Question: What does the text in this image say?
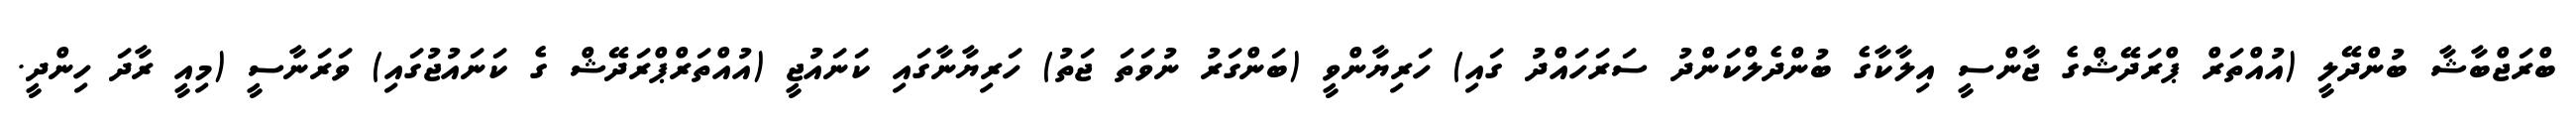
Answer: ބްރަޖްބާޝާ ބުންދޭލީ (އުއްތަރް ޕްރަދޭޝްގެ ޖާންސީ އިލާކާގެ ބުންދެލްކަންދު ސަރަހައްދު ގައި) ހަރިޔާންވީ (ބަންގަރު ނުވަތަ ޖަތު) ހަރިޔާނާގައި ކަނައުޖީ (އުއްތަރްޕްރަދޭޝް ގެ ކަނައުޖުގައި) ވަރަނާސީ (މިއީ ރާދަ ހިންދީ.